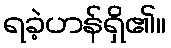
ရခဲ့ဟန်ရှိ၏။